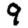
Digit: 9